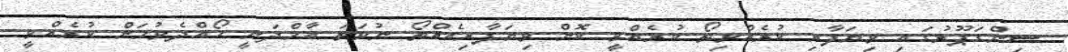
ސިންގަޕޫރުގައި ވިޔަފާރި ކުރެއްވިތޯ ކުރެއްވީ ކޮން ވިޔަފާރިއެއްތޯ ނުވަތަ އާމްދަނީ ހޯއްދެވުމަށް ކުރެއްވީ